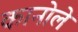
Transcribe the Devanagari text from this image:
कानोले